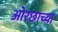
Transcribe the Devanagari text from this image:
ओरछाच्या